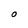
Character: O